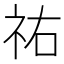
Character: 祐